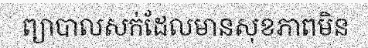
ព្យាបាលសក់ដែលមានសុខភាពមិន